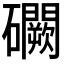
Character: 𥗮